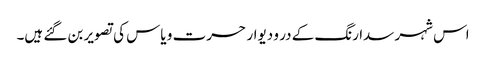
اس شہر سدا رنگ کے در و دیوار حسرت و یاس کی تصویر بن گئے ہیں۔